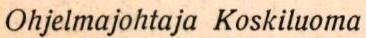
Ohjelmajohtaja Koskiluoma